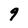
Character: 9